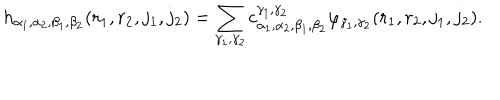
h _ { \alpha _ { 1 } , \alpha _ { 2 } , \beta _ { 1 } , \beta _ { 2 } } ( r _ { 1 } , r _ { 2 } , j _ { 1 } , j _ { 2 } ) = \sum _ { \gamma _ { 1 } , \gamma _ { 2 } } c _ { \alpha _ { 1 } , \alpha _ { 2 } , \beta _ { 1 } , \beta _ { 2 } } ^ { \gamma _ { 1 } , \gamma _ { 2 } } \varphi _ { \gamma _ { 1 } , \gamma _ { 2 } } ( r _ { 1 } , r _ { 2 } , j _ { 1 } , j _ { 2 } ) .